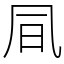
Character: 凬